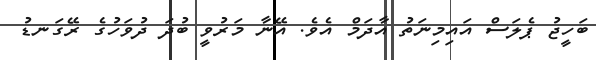
ބަހީޖު ޕެލަސް އައިމިނަތު އާދަމް އެވެ. އޭނާ މަރުވީ ބުދަ ދުވަހުގެ ރޭގަނޑު